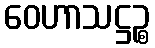
ဝေဟာသဋ္ဌဉ္စ